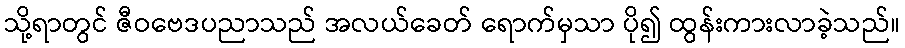
သို့ရာတွင် ဇီဝဗေဒပညာသည် အလယ်ခေတ် ရောက်မှသာ ပို၍ ထွန်းကားလာခဲ့သည်။